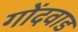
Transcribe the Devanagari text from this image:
गोंदवाड